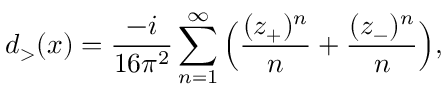
d _ { > } ( x ) = { \frac { - i } { 1 6 \pi ^ { 2 } } } \sum _ { n = 1 } ^ { \infty } \Big ( { \frac { ( z _ { + } ) ^ { n } } { n } } + { \frac { ( z _ { - } ) ^ { n } } { n } } \Big ) ,